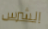
الشرس